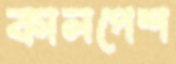
কালপেশ